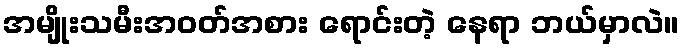
အမျိုးသမီးအဝတ်အစား ရောင်းတဲ့ နေရာ ဘယ်မှာလဲ။